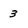
Character: 3